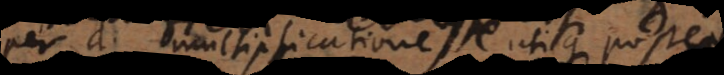
per d multiplicatione utique postea